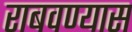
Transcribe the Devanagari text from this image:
राबवण्यास